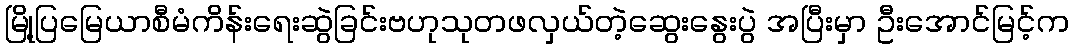
မြို့ပြမြေယာစီမံကိန်းရေးဆွဲခြင်းဗဟုသုတဖလှယ်တဲ့ဆွေးနွေးပွဲ အပြီးမှာ ဦးအောင်မြင့်က